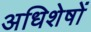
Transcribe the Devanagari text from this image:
अधिशेषों